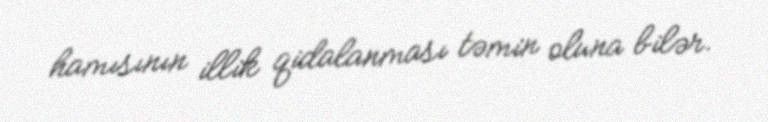
hamısının illik qidalanması təmin oluna bilər.